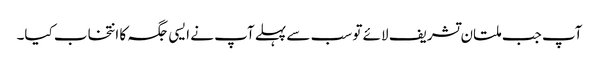
آپ جب ملتان تشریف لائے تو سب سے پہلے آپ نے ایسی جگہ کا انتخاب کیا۔